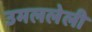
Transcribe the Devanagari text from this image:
उमललेली